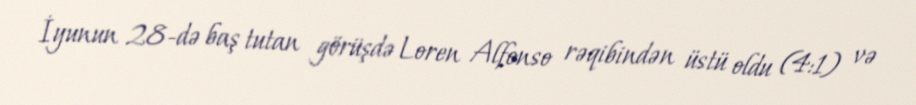
İyunun 28-də baş tutan görüşdə Loren Alfonso rəqibindən üstü oldu (4:1) və